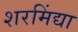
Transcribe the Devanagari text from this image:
शरमिंद्या